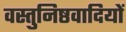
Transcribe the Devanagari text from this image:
वस्तुनिष्ठवादियों